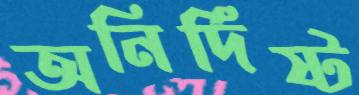
অনির্দিষ্ট